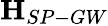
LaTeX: \mathbf{H}_{SP-GW}